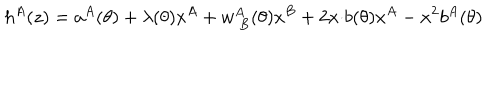
h ^ { A } ( z ) = a ^ { A } ( \theta ) + \lambda ( \theta ) x ^ { A } + w _ { ~ B } ^ { A } ( \theta ) x ^ { B } + 2 x { \cdot b } ( \theta ) x ^ { A } - x ^ { 2 } b ^ { A } ( \theta )